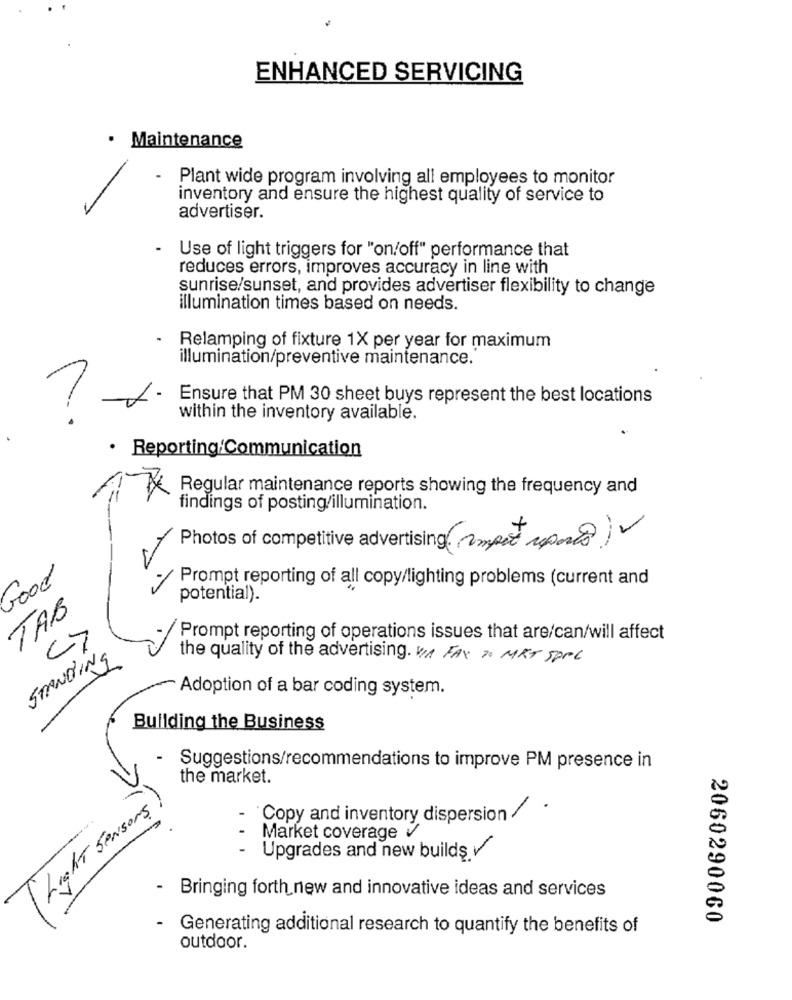
ENHANCED SERVICING
· Maintenance
Plant wide program involving all employees to monitor
inventory and ensure the highest quality of service to
advertiser.
- Use of light triggers for "on/off" performance that
reduces errors, improves accuracy in line with
sunrise/sunset, and provides advertiser flexibility to change
illumination times based on needs.
Relamping of fixture 1X per year for maximum
illumination/preventive maintenance.
Ensure that PM 30 sheet buys represent the best locations
within the inventory available.
· Reporting Communication
Regular maintenance reports showing the frequency and
findings of posting/illumination.
Photos of competitive advertising (import upouts)
Good
/ Prompt reporting of all copy/lighting problems (current and
potential).
TAB
CI
Prompt reporting of operations issues that are/can/will affect
STANDING
the quality of the advertising. / FAX To MET SPPC
Adoption of a bar coding system.
Building the Business
- Suggestions/recommendations to improve PM presence in
the market.
( Light sensors)
- Copy and inventory dispersion/ ·
-
Market coverage V
- Upgrades and new builds
- Bringing forth new and innovative ideas and services
2060290060
Generating additional research to quantify the benefits of
outdoor.